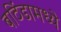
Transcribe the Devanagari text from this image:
बठिंडामध्ये